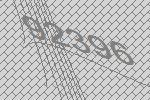
92396